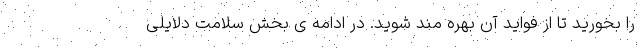
را بخورید تا از فواید آن بهره مند شوید. در ادامه ی بخش سلامت دلایلی